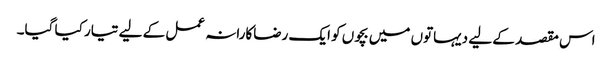
اس مقصد کے لیے دیہاتوں میں بچوں کو ایک رضاکارانہ عمل کے لیے تیار کیا گیا۔